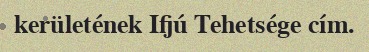
kerületének Ifjú Tehetsége cím.